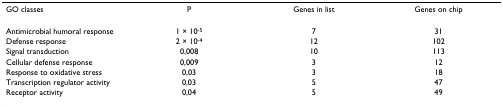
| GO classes | P | Genes in list | Genes on chip |
 | --- | --- | --- | --- |
 | Antimicrobial humoral response | 1 × 10-5 | 7 | 31 |
 | Defense response | 2 × 10-4 | 12 | 102 |
 | Signal transduction | 0,008 | 10 | 113 |
 | Cellular defense response | 0,009 | 3 | 12 |
 | Response to oxidative stress | 0,03 | 3 | 18 |
 | Transcription regulator activity | 0,03 | 5 | 47 |
 | Receptor activity | 0,04 | 5 | 49 |